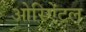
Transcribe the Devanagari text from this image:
ओरिऐंटल